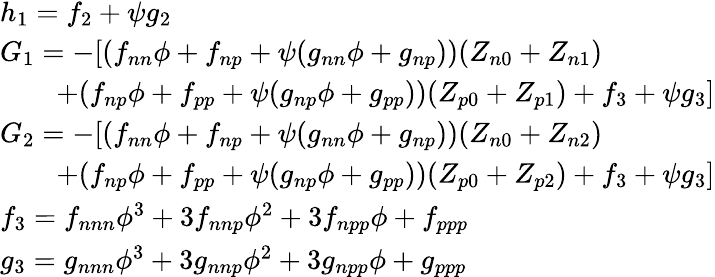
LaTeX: \begin{array}{l}{h_{1}=f_{2}+\psi g_{2}}\\ {G_{1}=-[(f_{nn}\phi+f_{np}+\psi(g_{nn}\phi+g_{np}))(Z_{n0}+Z_{n1})}\\ {\qquad+(f_{np}\phi+f_{pp}+\psi(g_{np}\phi+g_{pp}))(Z_{p0}+Z_{p1})+f_{3}+\psi g_{3}]}\\ {G_{2}=-[(f_{nn}\phi+f_{np}+\psi(g_{nn}\phi+g_{np}))(Z_{n0}+Z_{n2})}\\ {\qquad+(f_{np}\phi+f_{pp}+\psi(g_{np}\phi+g_{pp}))(Z_{p0}+Z_{p2})+f_{3}+\psi g_{3}]}\\ {f_{3}=f_{nnn}\phi^{3}+3f_{nnp}\phi^{2}+3f_{npp}\phi+f_{ppp}}\\ {g_{3}=g_{nnn}\phi^{3}+3g_{nnp}\phi^{2}+3g_{npp}\phi+g_{ppp}}\end{array}